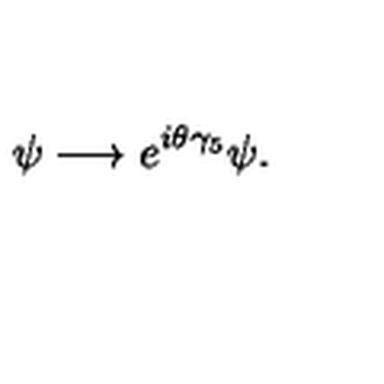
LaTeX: \psi \longrightarrow e ^ { i \theta \gamma _ { 5 } } \psi .